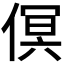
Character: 𠋶